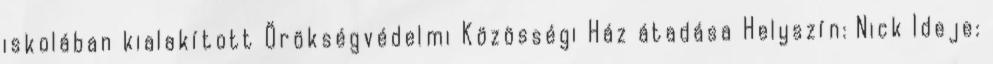
iskolában kialakított Örökségvédelmi Közösségi Ház átadása Helyszín: Nick Ideje: